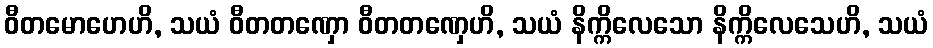
ဝီတမောဟေဟိ, သယံ ဝီတတဏှော ဝီတတဏှေဟိ, သယံ နိက္ကိလေသော နိက္ကိလေသေဟိ, သယံ